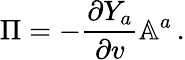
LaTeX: \Pi=-\frac{\partial Y_{a}}{\partial v}\mathbb{A}^{a}\, .